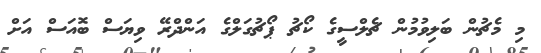
މި މެޗުން ބަލިވުމުން ޗެލްސީގެ ކޯޗު ޕޯޗުގަލްގެ އަންދްރޭ ވިޔަސް ބޮއަސް އަށް